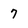
Character: 7